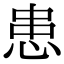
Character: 患